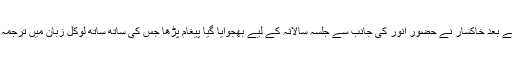
تلاوت کے بعد خاکسار نے حضور انور کی جانب سے جلسہ سالانہ کے لیے بھجوایا گیا پیغام پڑھا جس کی ساتھ ساتھ لوکل زبان میں ترجمہ بھی ہوا۔